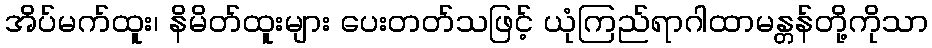
အိပ်မက်ထူး၊ နိမိတ်ထူးများ ပေးတတ်သဖြင့် ယုံကြည်ရာဂါထာမန္တန်တို့ကိုသာ